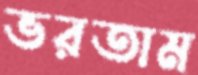
ভরতাম